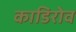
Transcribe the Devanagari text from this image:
काडिरोव